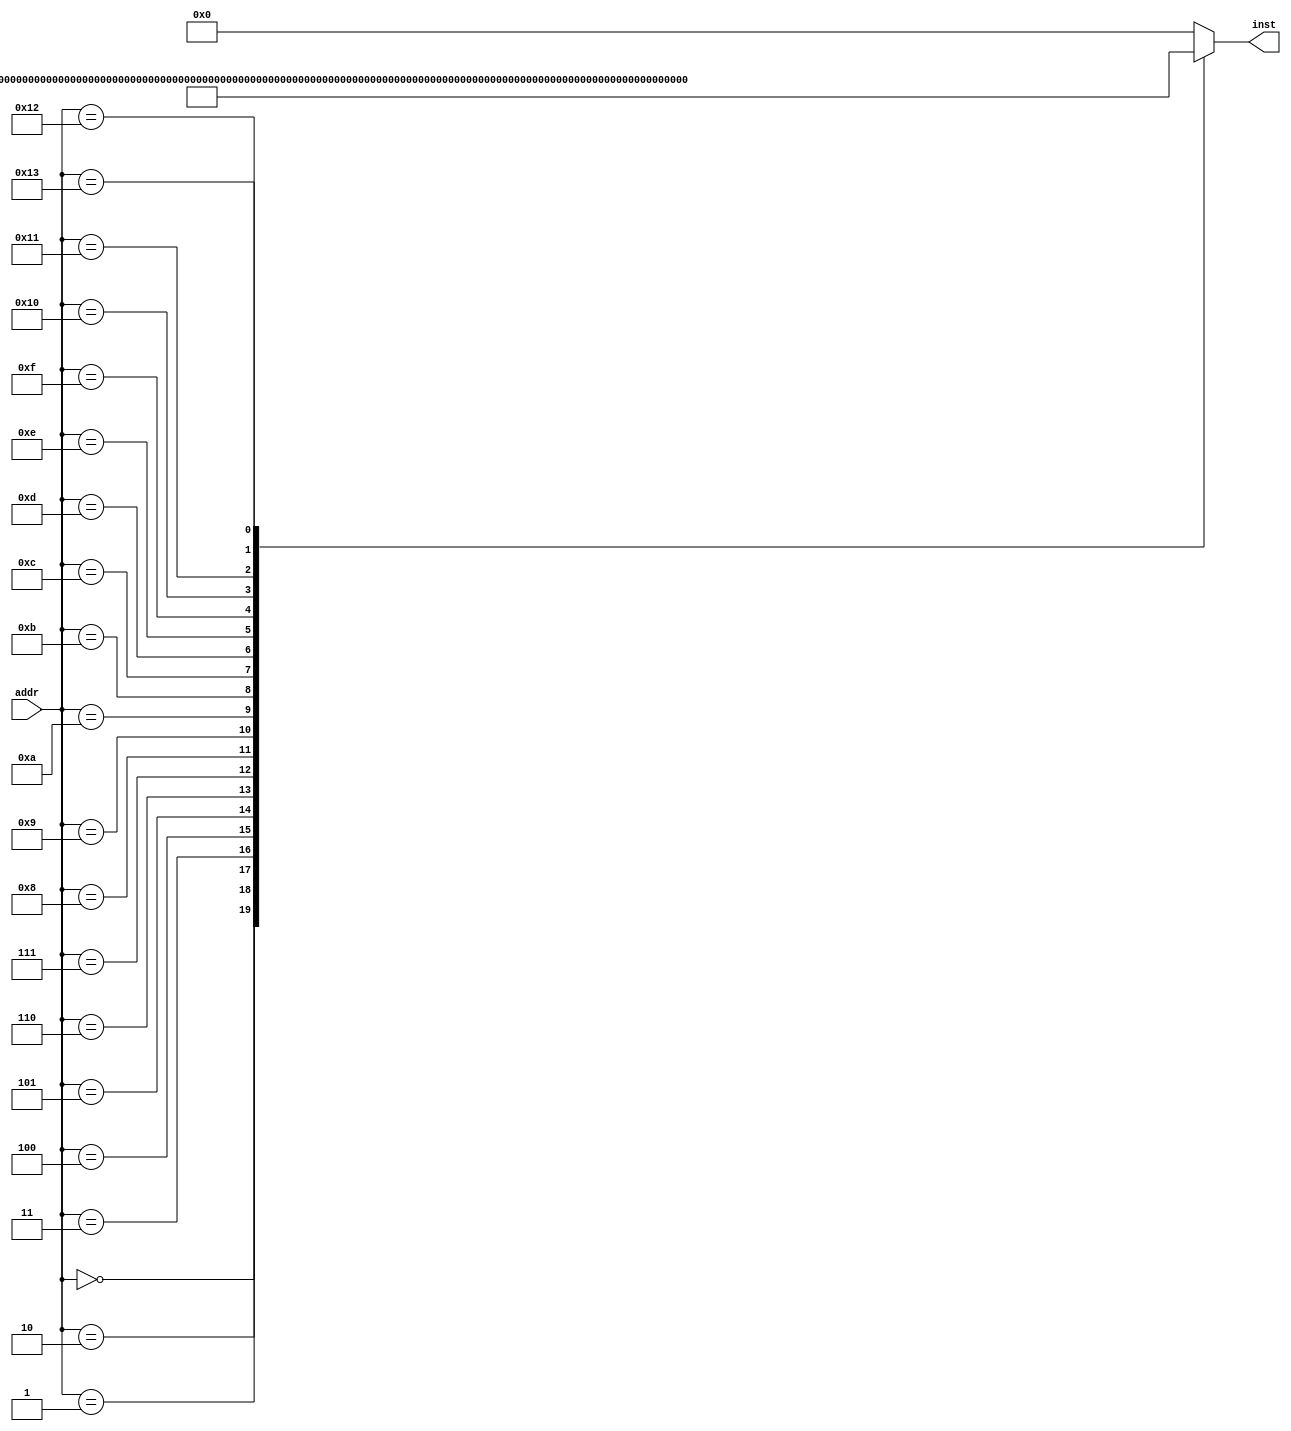
module inst_rom(
    input      [4 :0] addr, // 
    output reg [31:0] inst       // 
    );

    wire [31:0] inst_rom[19:0];  // 7'b000_0000~7'b111_1111
    //-------------  ---------||---  -----|-  -----//
    assign inst_rom[ 0] = 32'h24010001; // 00H: addiu $1 ,$0,#1   | $1 = 0000_0001H
    assign inst_rom[ 1] = 32'h00011100; // 04H: sll   $2 ,$1,#4   | $2 = 0000_0010H
    assign inst_rom[ 2] = 32'h00411821; // 08H: addu  $3 ,$2,$1   | $3 = 0000_0011H
    assign inst_rom[ 3] = 32'h00022082; // 0CH: srl   $4 ,$2,#2   | $4 = 0000_0004H
    assign inst_rom[ 4] = 32'h00642823; // 10H: subu  $5 ,$3,$4   | $5 = 0000_000DH
    assign inst_rom[ 5] = 32'hAC250013; // 14H: sw    $5 ,#19($1) | Mem[0000_0014H] = 0000_000DH
    assign inst_rom[ 6] = 32'h00A23027; // 18H: nor   $6 ,$5,$2   | $6 = FFFF_FFE2H
    assign inst_rom[ 7] = 32'h00C33825; // 1CH: or    $7 ,$6,$3   | $7 = FFFF_FFF3H
    assign inst_rom[ 8] = 32'h00E64026; // 20H: xor   $8 ,$7,$6   | $8 = 0000_0011H
    assign inst_rom[ 9] = 32'hAC08001C; // 24H: sw    $8 ,#28($0) | Mem[0000_001CH] = 0000_0011H
    assign inst_rom[10] = 32'h00C7482A; // 28H: slt   $9 ,$6,$7   | $9 = 0000_0001H
    assign inst_rom[11] = 32'h11210002; // 2CH: beq   $9 ,$1,#2   | 34H
    assign inst_rom[12] = 32'h24010004; // 30H: addiu $1 ,$0,#4   | 
    assign inst_rom[13] = 32'h8C2A0013; // 34H: lw    $10,#19($1) | $10 = 0000_000DH
    assign inst_rom[14] = 32'h15450003; // 38H: bne   $10,$5,#3   | 
    assign inst_rom[15] = 32'h00415824; // 3CH: and   $11,$2,$1   | $11 = 0000_0000H
    assign inst_rom[16] = 32'hAC0B001C; // 40H: sw    $11,#28($0) | Men[0000_001CH] = 0000_0000H
    assign inst_rom[17] = 32'hAC040010; // 44H: sw    $4 ,#16($0) | Mem[0000_0010H] = 0000_0004H
    assign inst_rom[18] = 32'h3C0C000C; // 48H: lui   $12,#12     | [R12] = 000C_0000H
    assign inst_rom[19] = 32'h08000000; // 4CH: j     00H         | 00H

    //,4
    always @(*)
    begin
        case (addr)
            5'd0 : inst <= inst_rom[0 ];
            5'd1 : inst <= inst_rom[1 ];
            5'd2 : inst <= inst_rom[2 ];
            5'd3 : inst <= inst_rom[3 ];
            5'd4 : inst <= inst_rom[4 ];
            5'd5 : inst <= inst_rom[5 ];
            5'd6 : inst <= inst_rom[6 ];
            5'd7 : inst <= inst_rom[7 ];
            5'd8 : inst <= inst_rom[8 ];
            5'd9 : inst <= inst_rom[9 ];
            5'd10: inst <= inst_rom[10];
            5'd11: inst <= inst_rom[11];
            5'd12: inst <= inst_rom[12];
            5'd13: inst <= inst_rom[13];
            5'd14: inst <= inst_rom[14];
            5'd15: inst <= inst_rom[15];
            5'd16: inst <= inst_rom[16];
            5'd17: inst <= inst_rom[17];
            5'd18: inst <= inst_rom[18];
            5'd19: inst <= inst_rom[19];
            default: inst <= 32'd0;
        endcase
    end
endmodule